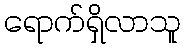
ရောက်ရှိလာသူ